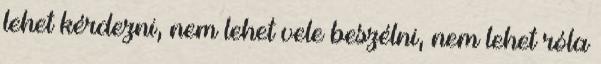
lehet kérdezni, nem lehet vele beszélni, nem lehet róla